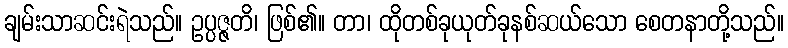
ချမ်းသာဆင်းရဲသည်။ ဥပ္ပဇ္ဇတိ၊ ဖြစ်၏။ တာ၊ ထိုတစ်ခုယုတ်ခုနစ်ဆယ်သော စေတနာတို့သည်။